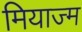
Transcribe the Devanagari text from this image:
मियाज्म